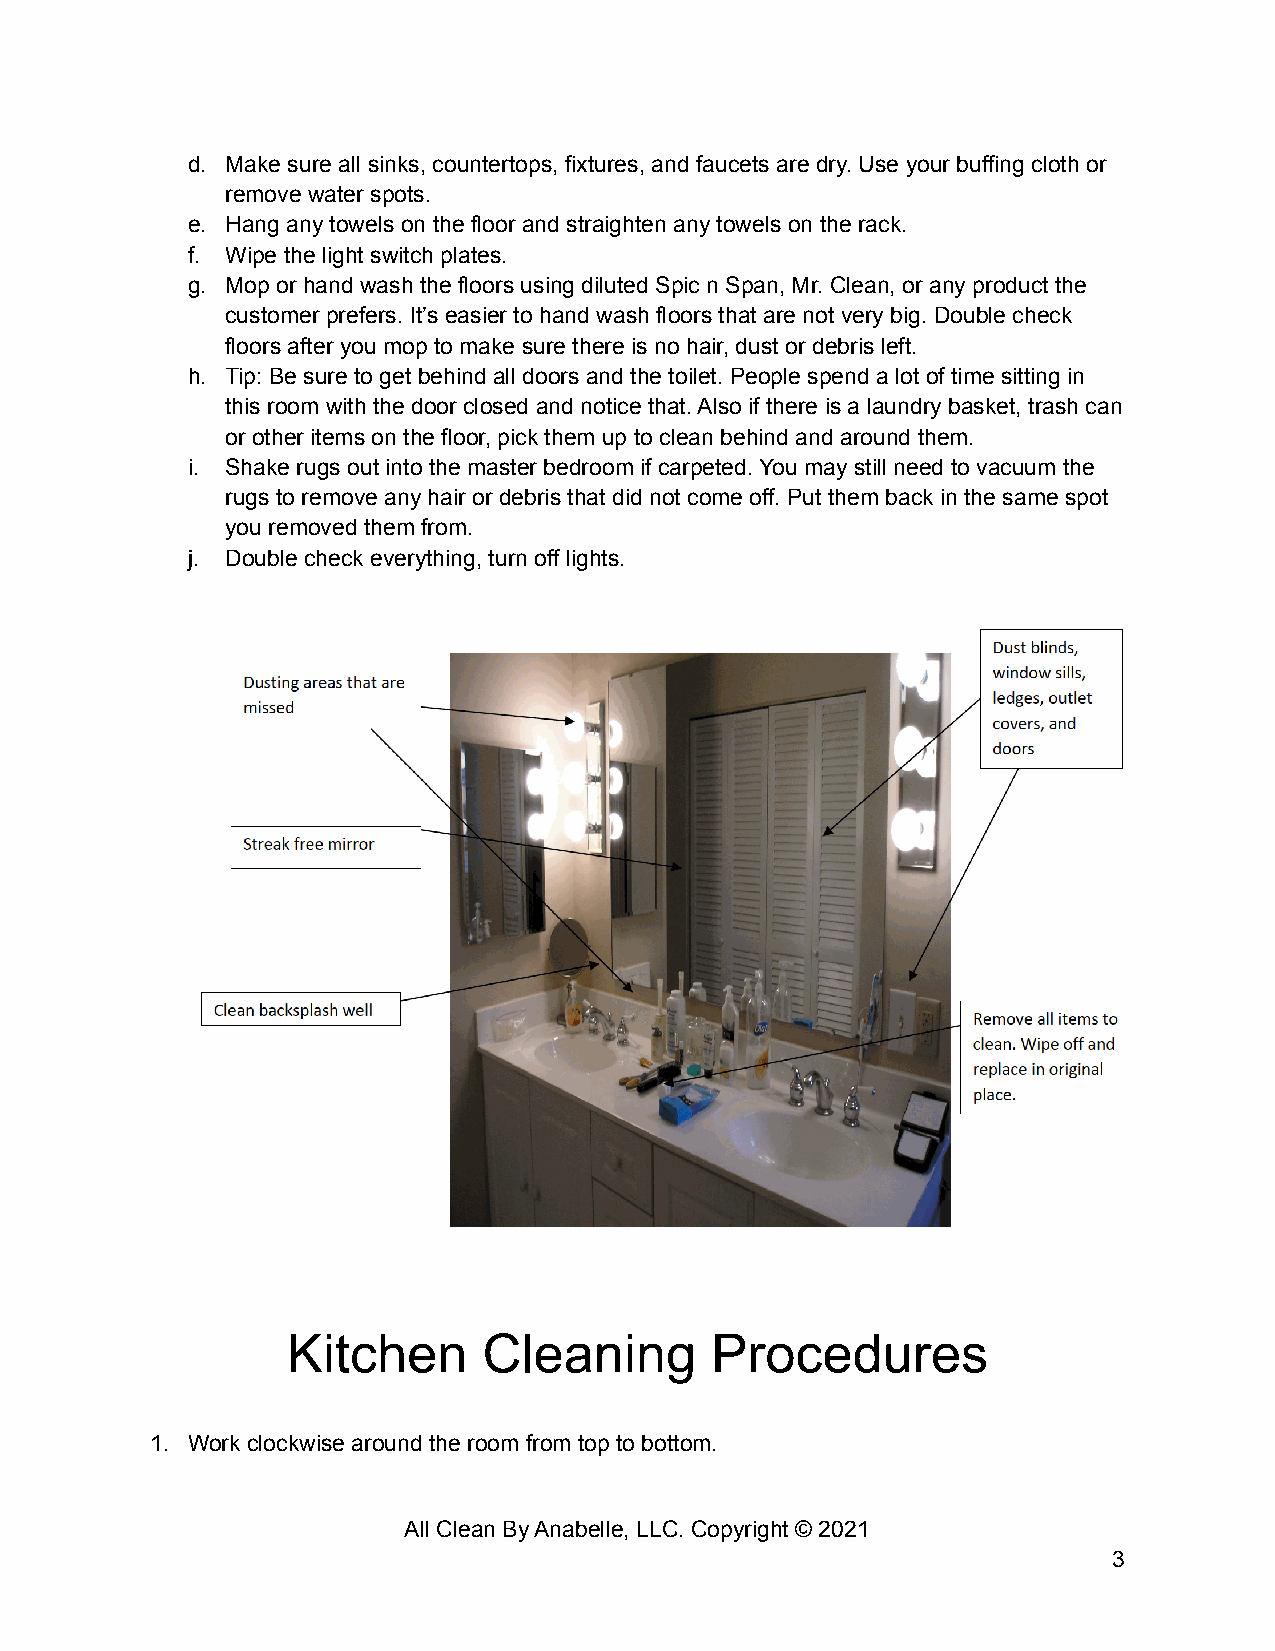
d. Make sure all sinks, countertops, fixtures, and faucets are dry. Use your buffing cloth or
 remove water spots.
 e. Hang any towels on the floor and straighten any towels on the rack.
 f. Wipe the light switch plates.
 g. Mop or hand wash the floors using diluted Spic n Span, Mr. Clean, or any product the
 customer prefers. It’s easier to hand wash floors that are not very big. Double check
 floors after you mop to make sure there is no hair, dust or debris left.
 h. Tip: Be sure to get behind all doors and the toilet. People spend a lot of time sitting in
 this room with the door closed and notice that. Also if there is a laundry basket, trash can
 or other items on the floor, pick them up to clean behind and around them.
 i. Shake rugs out into the master bedroom if carpeted. You may still need to vacuum the
 rugs to remove any hair or debris that did not come off. Put them back in the same spot
 you removed them from.
 j. Double check everything, turn off lights.
 Kitchen      Cleaning       Procedures
 1. Work clockwise around the room from top to bottom.
 All Clean By Anabelle, LLC. Copyright © 2021
 3